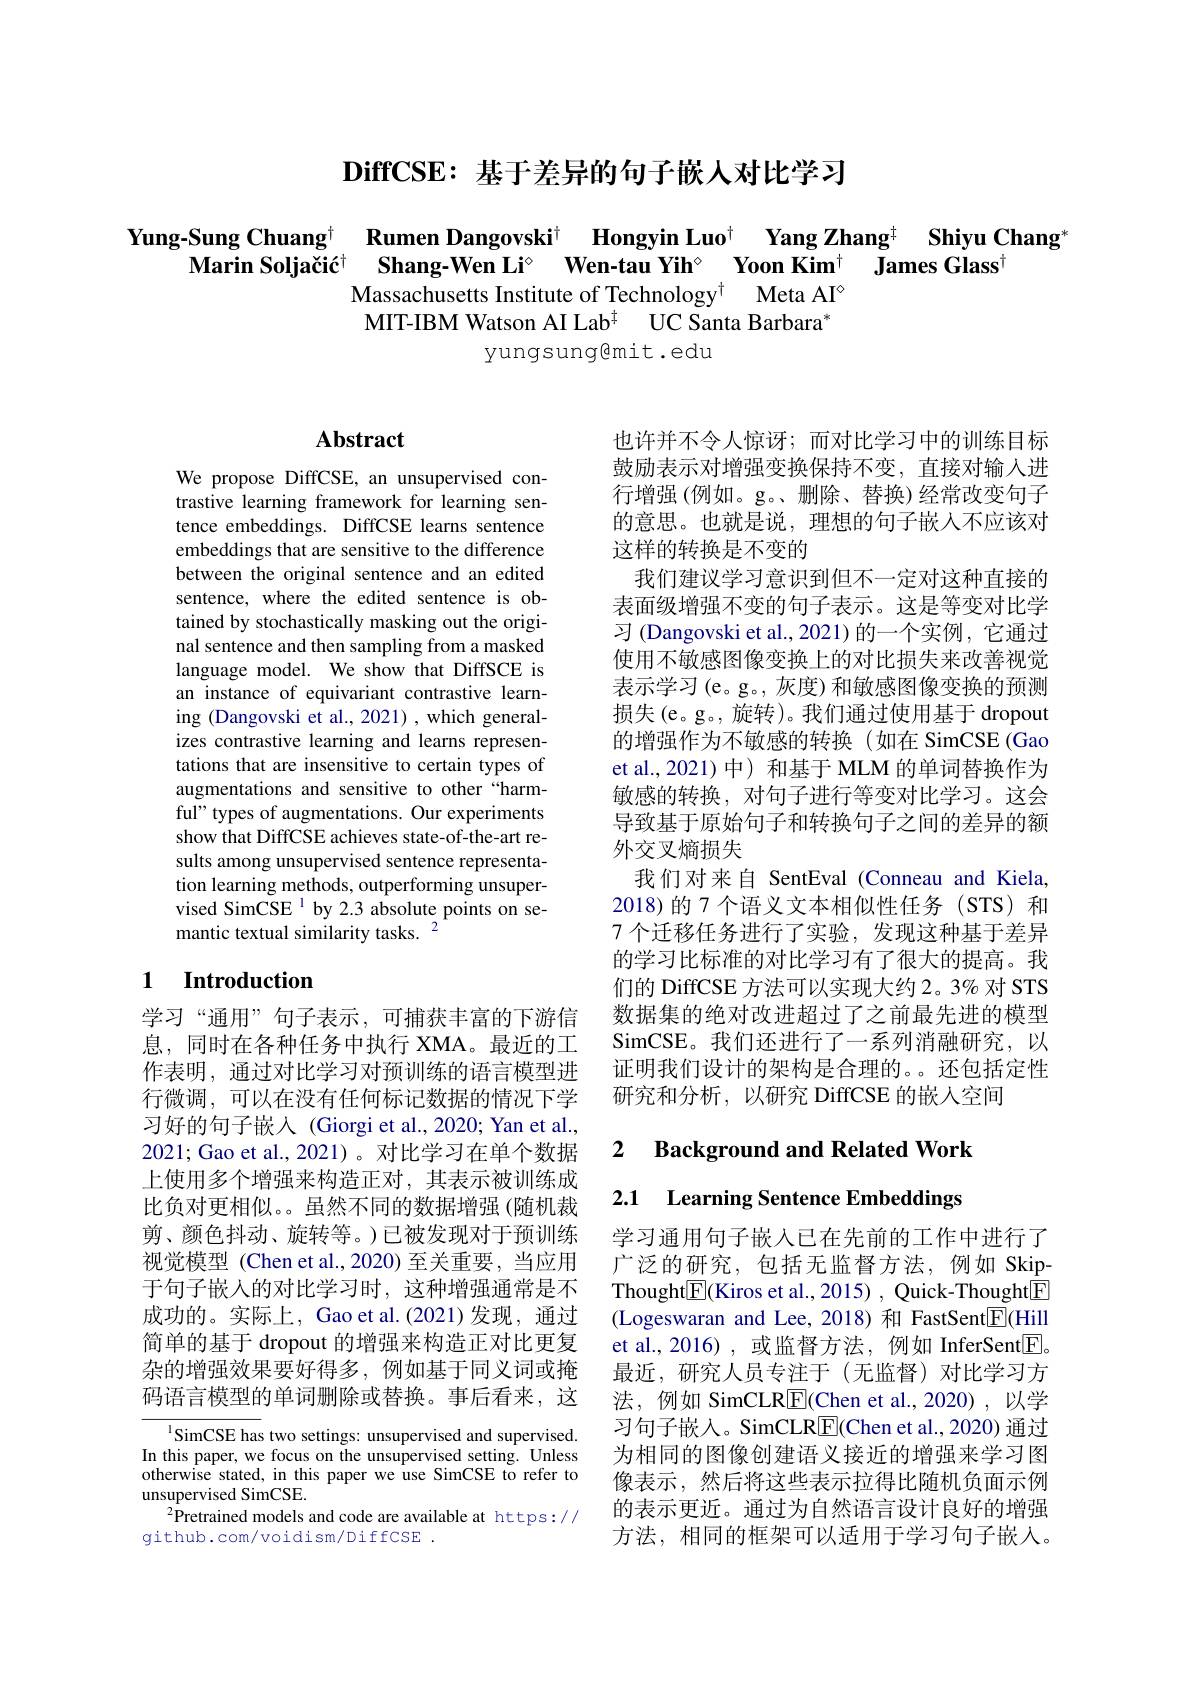
$\textbf{DiffCSE: 基 于 差 异 的 句 子 嵌 人 对 比 学 习 }$

Yung-Sung Chuang$^{+}$ Rumen Dangovski$^{\dagger}$ Hongyin Luo$^{\dagger}$ Yang Zhang$^{\dagger}$ Shiyu Chang$^{*}$
Marin Soljačić$^{+}$ Shang-Wen Li$^{\circ}$ Wen-tau Yih° Yoon Kim$^{+}$ James Glass
Massachusetts Institute of Technology$^\dagger$ Meta AI$^\circ$
MIT-IBM Watson AI Lab$^{\ddagger}$ UC Santa Barbara
## yungsung@mit.edu

### $\mathbf{Abstract}$

We propose DiffCSE, an unsupervised contrastive learning framework for learning sentence embeddings. DiffCSE learns sentence embeddings that are sensitive to the difference between the original sentence and an edited sentence, where the edited sentence is obtained by stochastically masking out the original sentence and then sampling from a masked language model. We show that DiffSCE is an instance of equivariant contrastive learning (Dangovski et al., 2021), which generalizes contrastive learning and learns representations that are insensitive to certain types of augmentations and sensitive to other “harmful" types of augmentations. Our experiments show that DiffCSE achieves state-of-the-art results among unsupervised sentence representation learning methods, outperforming unsupervised SimCSE $^{1}$by 2.3 absolute points on semantic textual similarity tasks. $^{2}$

## 1 $\textbf{Introduction}$

学习“通用”句子表示，可捕获丰富的下游信息，同时在各种任务中执行 XMA。最近的工作表明，通过对比学习对预训练的语言模型进行微调，可以在没有任何标记数据的情况下学习好的句子嵌入(Giorgi et al.,2020; Yan et al., 2021; Gao et al., 2021) 。对比学习在单个数据上使用多个增强来构造正对，其表示被训练成比负对更相似。。虽然不同的数据增强(随机裁剪、颜色抖动、旋转等。)已被发现对于预训练视觉模型 (Chen et al.,2020) 至关重要，当应用于句子嵌人的对比学习时，这种增强通常是不成功的。实际上，Gao et al.(2021)发现，通过简单的基于 dropout 的增强来构造正对比更复杂的增强效果要好得多，例如基于同义词或掩码语言模型的单词删除或替换。事后看来，这

$^{1}$SimCSE has two settings: unsupervised and supervised. In this paper, we focus on the unsupervised setting. Unless otherwise stated, in this paper we use SimCSE to refer to unsupervised SimCSE.
$^{2}$Pretrained models and code are available at https://
github.com/voidism/DiffCSE.

也许并不令人惊讶；而对比学习中的训练目标鼓励表示对增强变换保持不变，直接对输入进行增强(例如。g。、删除、替换)经常改变句子的意思。也就是说，理想的句子嵌人不应该对这样的转换是不变的
我们建议学习意识到但不一定对这种直接的表面级增强不变的句子表示。这是等变对比学习 (Dangovski et al., 2021) 的一个实例，它通过使用不敏感图像变换上的对比损失来改善视觉表示学习(e。g。, 灰度) 和敏感图像变换的预测损失(e。g。,旋转)。我们通过使用基于 dropout 的增强作为不敏感的转换(如在 SimCSE(Gao et al.,2021)中)和基于 MLM 的单词替换作为敏感的转换，对句子进行等变对比学习。这会导致基于原始句子和转换句子之间的差异的额外交叉熵损失
我们对来自 SentEval (Conneau and Kiela, 2018)的 7 个语义文本相似性任务 (STS) 和7 个迁移任务进行了实验，发现这种基于差异的学习比标准的对比学习有了很大的提高。我们的 DiffCSE 方法可以实现大约 2。3% 对 STS 数据集的绝对改进超过了之前最先进的模型SimCSE。我们还进行了一系列消融研究，以证明我们设计的架构是合理的。。还包括定性研究和分析，以研究 DiffCSE 的嵌人空间

### 2 $\textbf{Background and Related Work}$

2.1 Learning Sentence Embeddings

学习通用句子嵌入已在先前的工作中进行了广泛的研究，包括无监督方法，例如 SkipThought$\boxed{\mathrm{E}}($Kiros et al., 2015) , Quick-Thought$\boxed{\mathrm{F}}$ (Logeswaran and Lee,2018) 和 FastSent$\boxed{\mathrm{E}}($Hill et al.,2016),或监督方法，例如 InferSent$\boxed{\mathrm{F}}$。最近，研究人员专注于(无监督)对比学习方法，例如 SimCLR$\boxed{\mathrm{F}}($Chen et al.,2020),以学习句子嵌入。SimCLR$\underline{\mathrm{E}}($Chen et al.,2020) 通过为相同的图像创建语义接近的增强来学习图像表示，然后将这些表示拉得比随机负面示例的表示更近。通过为自然语言设计良好的增强方法，相同的框架可以适用于学习句子嵌入。